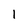
Character: I